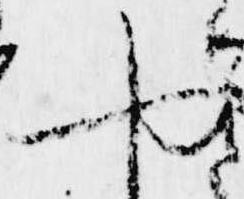
や